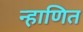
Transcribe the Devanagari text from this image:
न्हाणित